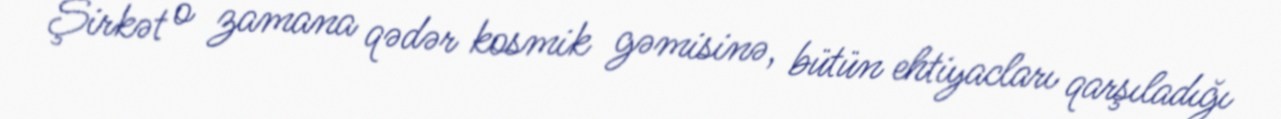
Şirkət o zamana qədər kosmik gəmisinə, bütün ehtiyacları qarşıladığı